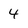
Character: 4